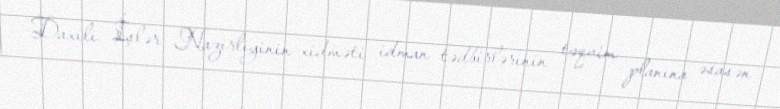
Daxili İşlər Nazirliyinin xidməti idman tədbirlərinin təqvim planına əsasən